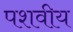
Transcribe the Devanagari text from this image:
पशवीय